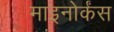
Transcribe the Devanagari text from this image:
माइनोर्कंस